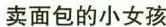
卖面包的小女孩